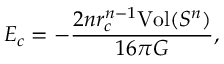
E _ { c } = - \frac { 2 n r _ { c } ^ { n - 1 } \mathrm { V o l } ( S ^ { n } ) } { 1 6 \pi G } ,